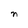
Character: n